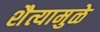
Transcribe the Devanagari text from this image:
शैत्यामुळे